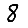
Digit: 8